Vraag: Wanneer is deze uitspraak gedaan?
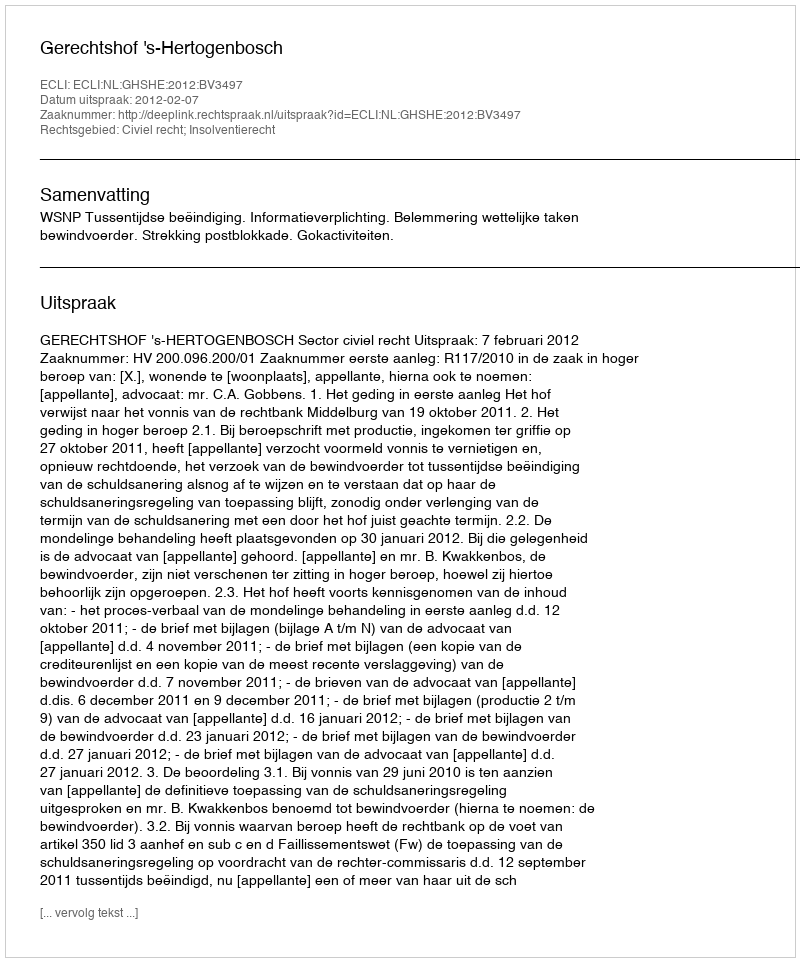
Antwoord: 2012-02-07